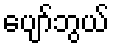
ပျော်ဘွယ်